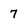
Character: 7